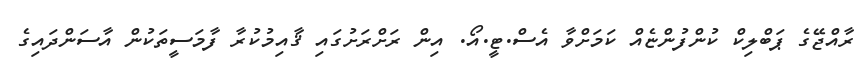
ރާއްޖޭގެ ޕަބްލިކް ކުންފުންޏެއް ކަމަށްވާ އެސް.ޓީ.އޯ. އިން ރަށްރަށުގައި ޤާއިމުކުރާ ފާމަސީތަކުން އާސަންދައިގެ